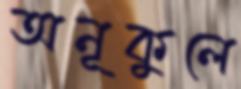
অনূকুলে